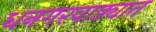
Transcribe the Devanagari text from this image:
धनगरवाड्यात